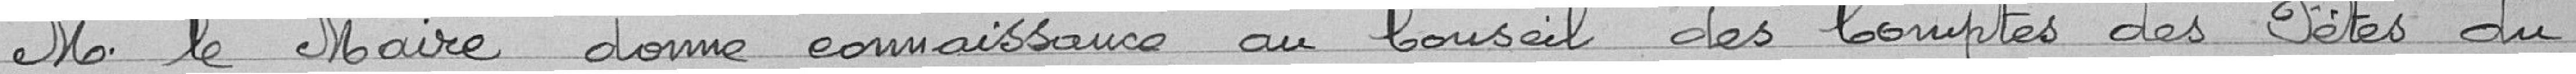
M. le Maire donne connaissance au Conseil des Comptes des Fêtes du